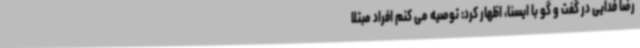
رضا فدایی در گفت و گو با ایسنا، اظهار کرد: توصیه می کنم افراد مبتلا